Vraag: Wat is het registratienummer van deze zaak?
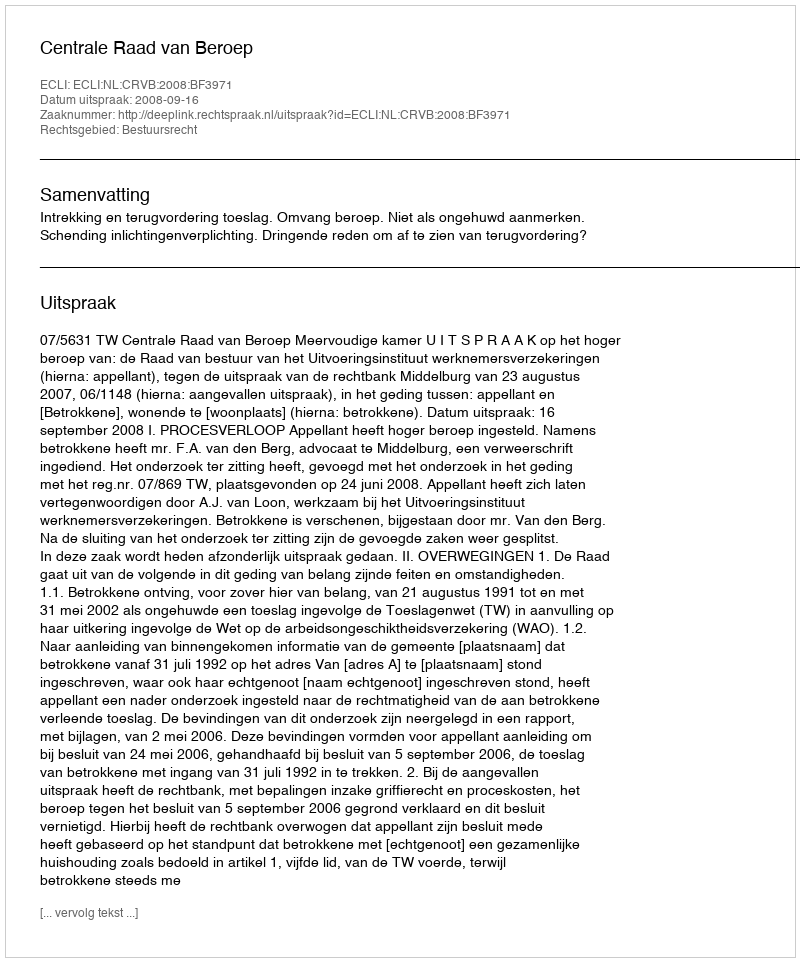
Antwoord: http://deeplink.rechtspraak.nl/uitspraak?id=ECLI:NL:CRVB:2008:BF3971